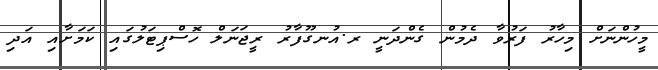
މީހުންނަށް މިހާރު ފަރުވާ ދެމުން ގެންދަނީ ރ.އުނގޫފާރު ރީޖަނަލް ހޮސްޕިޓަލުގައި ކަމަށާއި އަދި